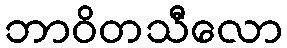
ဘာဝိတသီလော